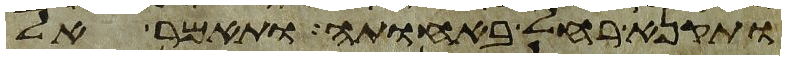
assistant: ותקנא רחל באחותה ותאמר אל